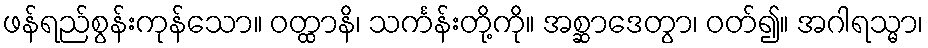
ဖန်ရည်စွန်းကုန်သော။ ဝတ္ထာနိ၊ သင်္ကန်းတို့ကို။ အစ္ဆာဒေတွာ၊ ဝတ်၍။ အဂါရသ္မာ၊